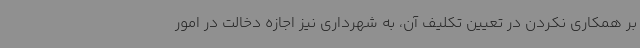
بر همکاری نکردن در تعیین تکلیف آن، به شهرداری نیز اجازه دخالت در امور